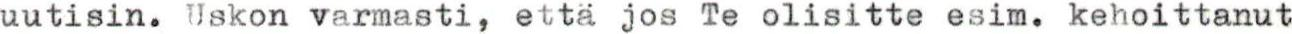
uutisin. Uskon varmasti, että jos Te olisitte esim. kehoittanut